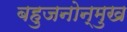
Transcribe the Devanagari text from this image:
बहुजनोन्मुख